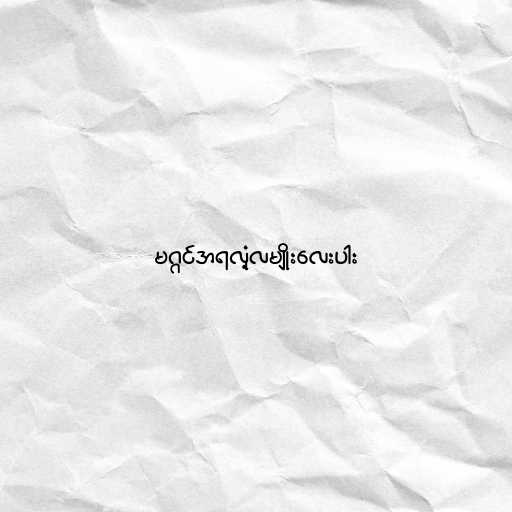
မဂ္ဂင်အရလုံ့လမျိုးလေးပါး